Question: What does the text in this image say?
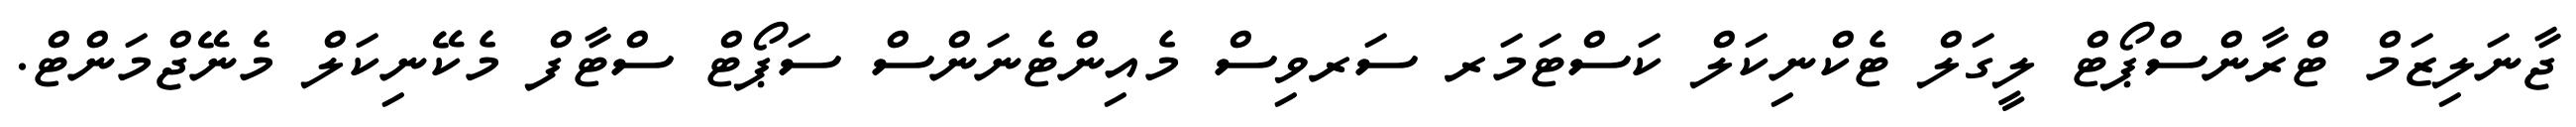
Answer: ޖާނަލިޒަމް ޓްރާންސްޕޯޓް ލީގަލް ޓެކްނިކަލް ކަސްޓަމަރ ސަރވިސް މެއިންޓެނަންސް ސަޕޯޓް ސްޓާފް މެކޭނިކަލް މެނޭޖްމަންޓް.